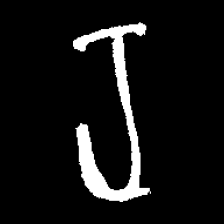
Pyu character \u2014 Myanmar letter: ရ (romanized: ra)